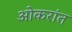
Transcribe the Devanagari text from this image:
ओकरांत